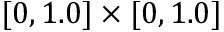
[ 0 , 1 . 0 ] \times [ 0 , 1 . 0 ]